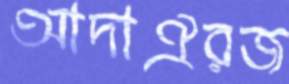
আদাঐরজ